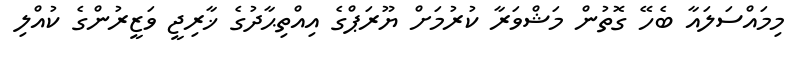
މިމައްސަލައާ ބެހޭ ގޮތުން މަޝްވަރާ ކުރުމަށް ޔޫރަޕްގެ އިއްތިޙާދުގެ ޚާރިޖީ ވަޒީރުންގެ ކުއްލި